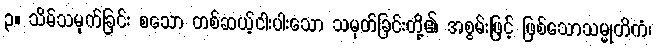
၃။ သိမ်သမုတ်ခြင်း စသော တစ်ဆယ့်ငါးပါးသော သမုတ်ခြင်းတို့၏ အစွမ်းဖြင့် ဖြစ်သောသမ္မုတိကံ၊